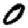
Digit: 0